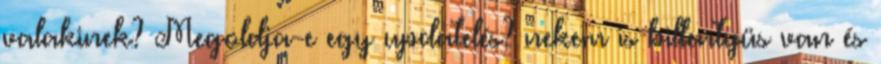
valakinek? Megoldja-e egy updatelés? nekem is billentyüs van és